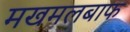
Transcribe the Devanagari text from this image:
मखमलबाफ